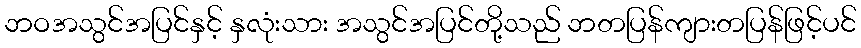
ဘဝအသွင်အပြင်နှင့် နှလုံးသား အသွင်အပြင်တို့သည် ဘတပြန်ကျားတပြန်ဖြင့်ပင်